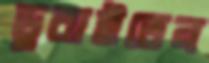
ডুবাইতেন